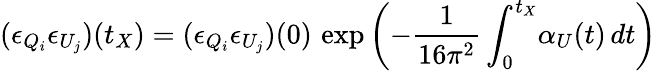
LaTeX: (\epsilon_{Q_{i}}\epsilon_{U_{j}})(t_{X})=(\epsilon_{Q_{i}}\epsilon_{U_{j}})(0)\, \exp\left(-\frac{1}{16\pi^{2}}\int_{0}^{t_{X}}\! \alpha_{U}(t)\, dt\right)